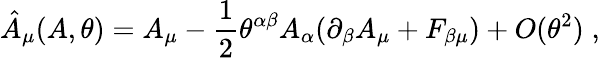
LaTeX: \hat{A}_{\mu}(A,\theta)=A_{\mu}-\frac{1}{2}\theta^{\alpha\beta}A_{\alpha}(\partial_{\beta}A_{\mu}+F_{\beta\mu})+O(\theta^{2})\; ,